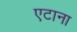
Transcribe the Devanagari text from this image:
एटाना